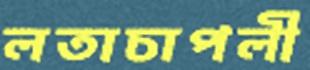
লতাচাপলী